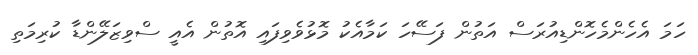
ހަމަ އެހެންމެހޮންޑިއުރަސް އަތުން ފަސޭހަ ކަމާއެކު މޮޅުވެވިފައި އޮތުން އެއީ ސްވިޒަލޭންޑާ ކުރިމަތި